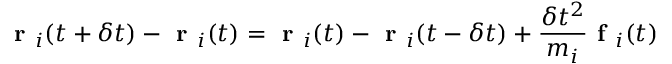
\textbf { r } _ { i } ( t + \delta t ) - \textbf { r } _ { i } ( t ) = \textbf { r } _ { i } ( t ) - \textbf { r } _ { i } ( t - \delta t ) + \frac { \delta t ^ { 2 } } { m _ { i } } \textbf { f } _ { i } ( t )